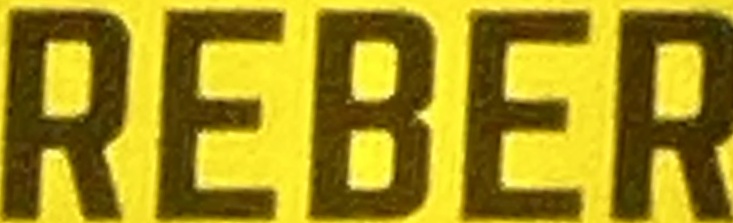
REBER